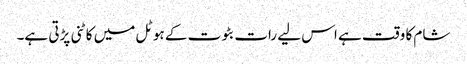
شام کا وقت ہے اس لیے رات بٹوت کے ہوٹل میں کاٹنی پڑتی ہے۔